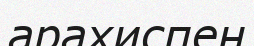
арахиспен